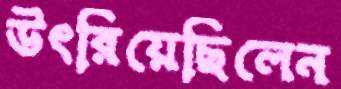
উৎরিয়েছিলেন